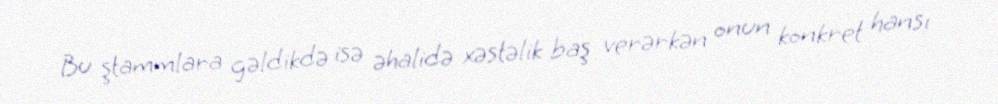
Bu ştammlara gəldikdə isə əhalidə xəstəlik baş verərkən onun konkret hansı